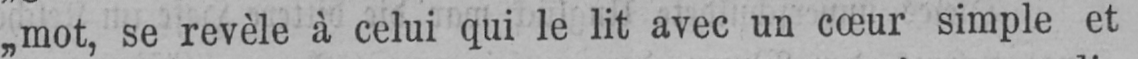
„mot, se revèle à celui qui le lit avec un cœur simple et